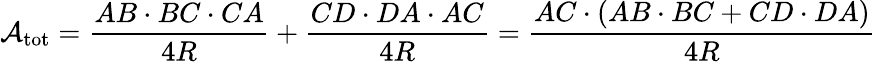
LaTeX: {\mathcal{A}}_{\mathrm{tot}}={\frac{AB\cdot BC\cdot CA}{4R}}+{\frac{CD\cdot DA\cdot AC}{4R}}={\frac{AC\cdot(AB\cdot BC+CD\cdot DA)}{4R}}